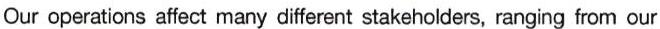
Our operations affect many different stakeholders, ranging from our